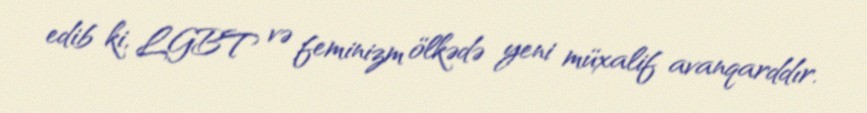
edib ki, LGBT və feminizm ölkədə yeni müxalif avanqarddır.